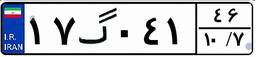
۱۷گ۰۴۱۴۶